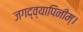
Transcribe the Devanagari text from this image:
जगद्व्यापिनीम्।